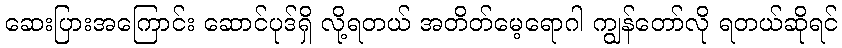
ဆေးပြားအကြောင်း ဆောင်ပုဒ်ရှိ လို့ရတယ် အတိတ်မေ့ရောဂါ ကျွန်တော်လို ရတယ်ဆိုရင်